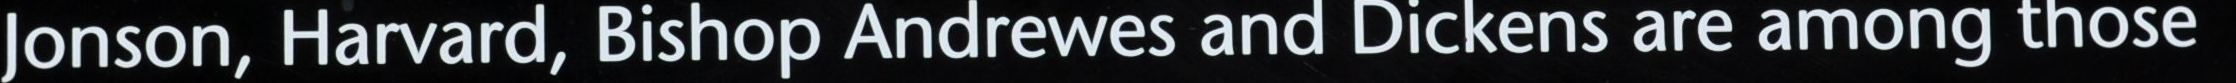
Jonson, Harvard, Bishop Andrewes and Dickens are among those